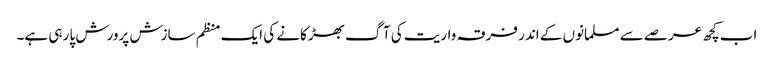
اب کچھ عرصے سے مسلمانوں کے اندر فرقہ واریت کی آگ بھڑکانے کی ایک منظم سازش پرورش پا رہی ہے۔